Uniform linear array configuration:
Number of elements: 48
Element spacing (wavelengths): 1
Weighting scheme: kaiser
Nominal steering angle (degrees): -45
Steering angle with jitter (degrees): -45.056
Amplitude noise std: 0.05
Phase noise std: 0.05

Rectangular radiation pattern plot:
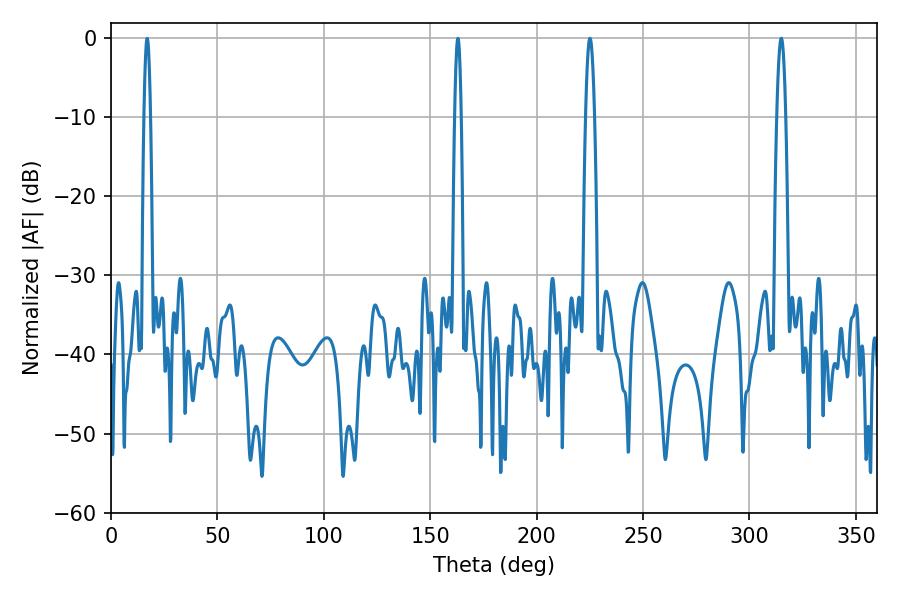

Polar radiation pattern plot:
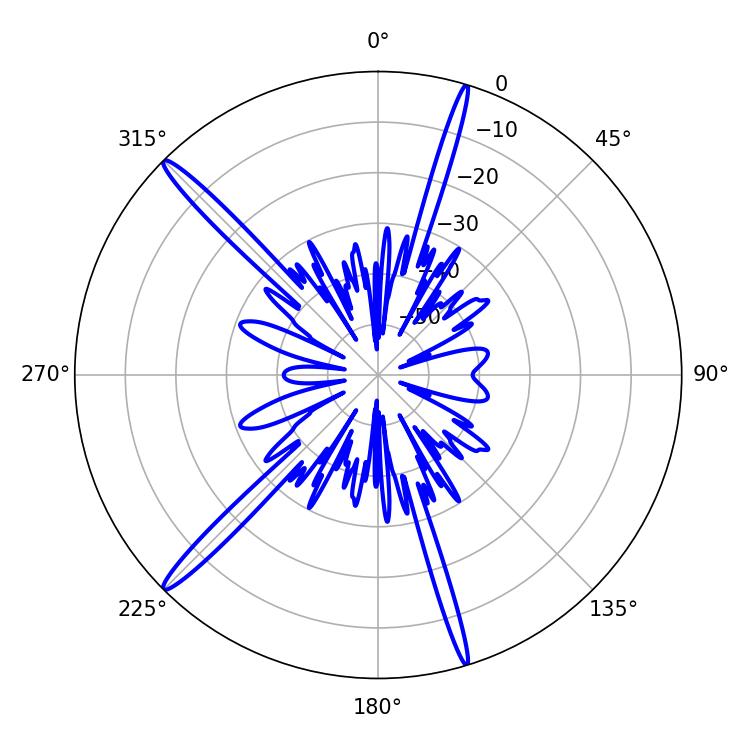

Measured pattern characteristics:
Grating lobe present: TRUE
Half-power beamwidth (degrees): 2.34
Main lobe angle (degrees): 225